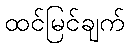
ထင်မြင်ချက်